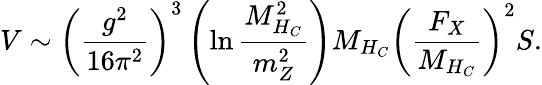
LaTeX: V\sim\left(\frac{g^{2}}{16\pi^{2}}\right)^{3}\left(\ln\frac{M_{H_{C}}^{2}}{m_{Z}^{2}}\right)M_{H_{C}}\left(\frac{F_{X}}{M_{H_{C}}}\right)^{2}S.